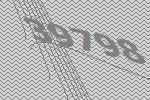
39798